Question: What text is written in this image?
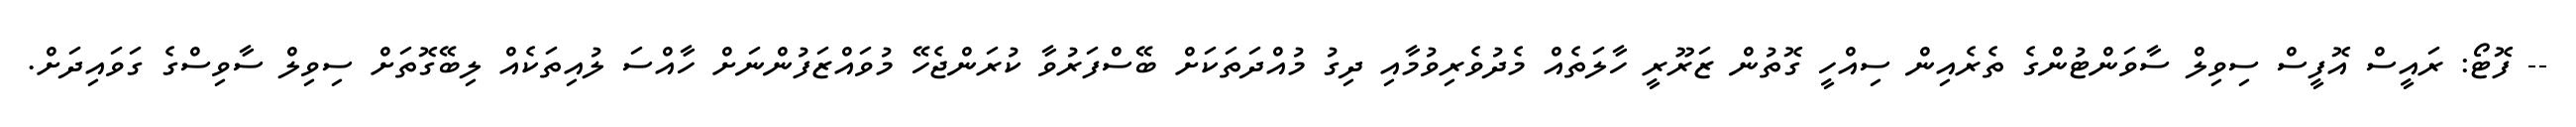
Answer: -- ފޮޓޯ: ރައީސް އޮފީސް ސިވިލް ސާވަންޓުންގެ ތެރެއިން ސިއްހީ ގޮތުން ޒަރޫރީ ހާލަތެއް މެދުވެރިވުމާއި ދިގު މުއްދަތަކަށް ބޭސްފަރުވާ ކުރަންޖެހޭ މުވައްޒަފުންނަށް ހާއްސަ ލުއިތަކެއް ލިބޭގޮތަށް ސިވިލް ސާވިސްގެ ގަވައިދަށް.